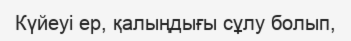
Күйеуі ер, қалыңдығы сұлу болып,